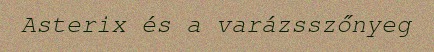
Asterix és a varázsszőnyeg